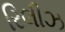
રિલીઝ